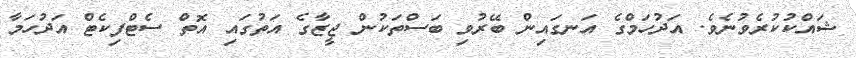
ޝައްކުކުރެވުނެވެ. އަދުހަމްގެ އަނގައިން ބޭރުވި ބަސްތަކުން ޖީޒާގެ އަތުގައި އޮތް ސެޓްފިކެޓް އަދުހަމާ